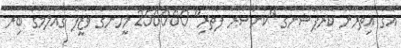
އޭގެ އިތުރުން ކޮރަޕްޝަނުގެ "ކެންސަރު ފެތުރި" 250000 މީހުންގެ ވަޒީފާ ގެއްލުމުގެ ބިރު